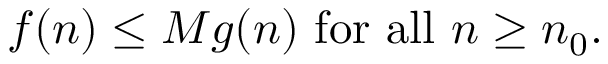
f ( n ) \leq M g ( n ) { \mathrm { ~ f o r ~ a l l ~ } } n \geq n _ { 0 } .